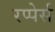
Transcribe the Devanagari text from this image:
रप्पेर्स